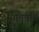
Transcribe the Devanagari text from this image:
सीनामन